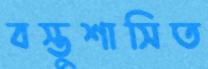
বস্তুশাসিত